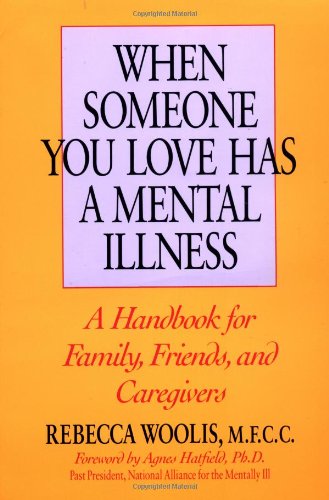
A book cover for When Someone You Love Has a Mental Illness; Rebecca Woolis; Health, Fitness & Dieting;